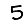
Digit: 5